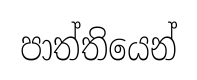
පාත්තියෙන්